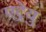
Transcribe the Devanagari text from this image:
एट्रेयु